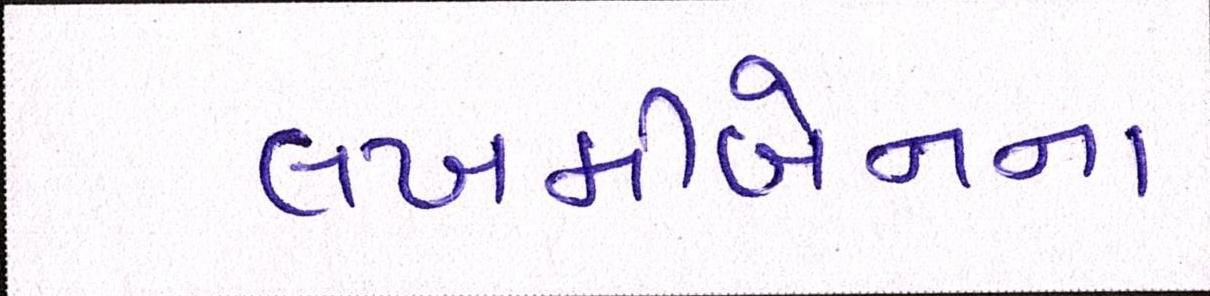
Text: લખમીબેનના